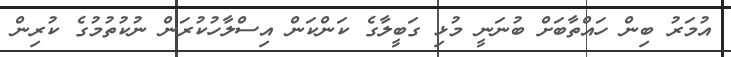
އުމަރު ބިން ހައްތާބަށް ބުނަނީ މުޅި ގަބީލާގެ ކަންކަން އިސްލާހުކުރަން ނުކުތުމުގެ ކުރިން